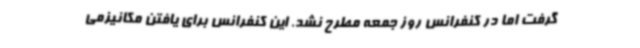
گرفت اما در کنفرانس روز جمعه مطرح نشد. این کنفرانس برای یافتن مکانیزمی